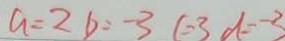
a = 2 b = - 3 c = 3 d = - 3